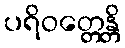
ပရိဝတ္တေန္တိ